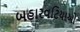
બહારવટિયાઓ